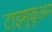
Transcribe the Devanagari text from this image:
टाइमुकुअन